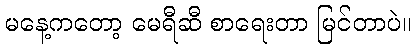
မနေ့ကတော့ မေရီဆီ စာရေးတာ မြင်တာပဲ။